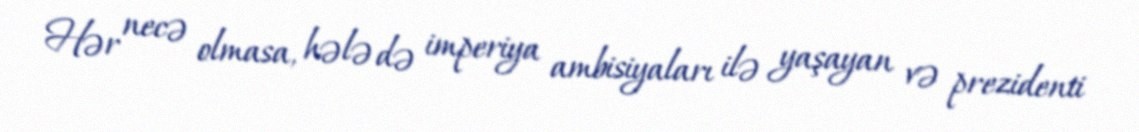
Hər necə olmasa, hələ də imperiya ambisiyaları ilə yaşayan və prezidenti